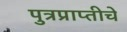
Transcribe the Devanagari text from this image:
पुत्रप्राप्‍तीचे